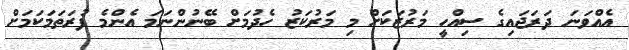
އެއްވަނަ ދަރަޖައިގެ ސިއްހީ މަރުޒަކަށް މި މަރުކަޒު ހެދުމަށް ބޭނުންނަމަ އެންމެ ފުރަތަމަކަމަށް